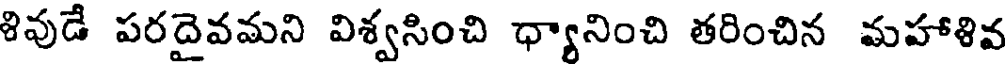
శివుడే పరదైవమని విశ్వసించి ధ్యానించి తరించిన మహాళివ